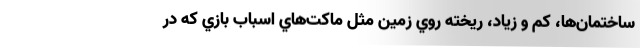
ساختمان‌ها، كم و زياد، ريخته روي زمين مثل ماكت‌هاي اسباب بازي كه در